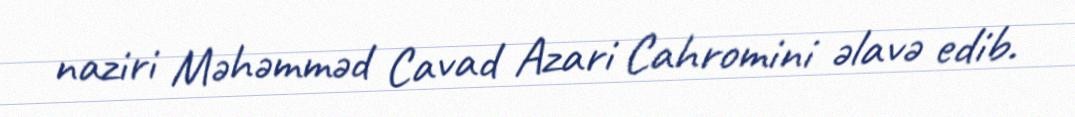
naziri Məhəmməd Cavad Azari Cahromini əlavə edib.